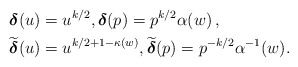
\begin{align*}&\boldsymbol{\delta} (u)=u^{k/2},\boldsymbol{\delta}(p)=p^{k/2}\alpha (w){\,,}\\&\widetilde{\boldsymbol{\delta}} (u)=u^{k/2+1-\kappa (w)},\widetilde{\boldsymbol{\delta}}(p)=p^{-k/2}\alpha^{-1} (w).\end{align*}